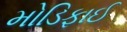
મોડિફાઈ